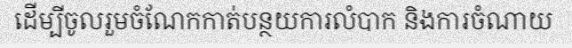
ដើម្បីចូលរួមចំណែកកាត់បន្ថយការលំបាក និងការចំណាយ